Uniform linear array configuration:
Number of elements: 4
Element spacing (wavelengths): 0.25
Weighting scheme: hamming
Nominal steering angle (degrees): -30
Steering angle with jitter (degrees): -31.179
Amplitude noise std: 0.05
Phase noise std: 0.05

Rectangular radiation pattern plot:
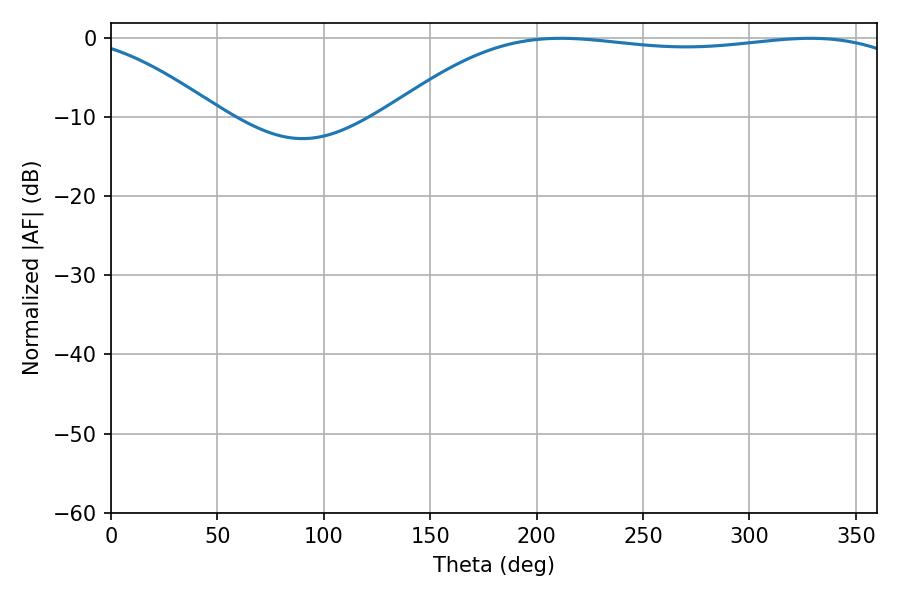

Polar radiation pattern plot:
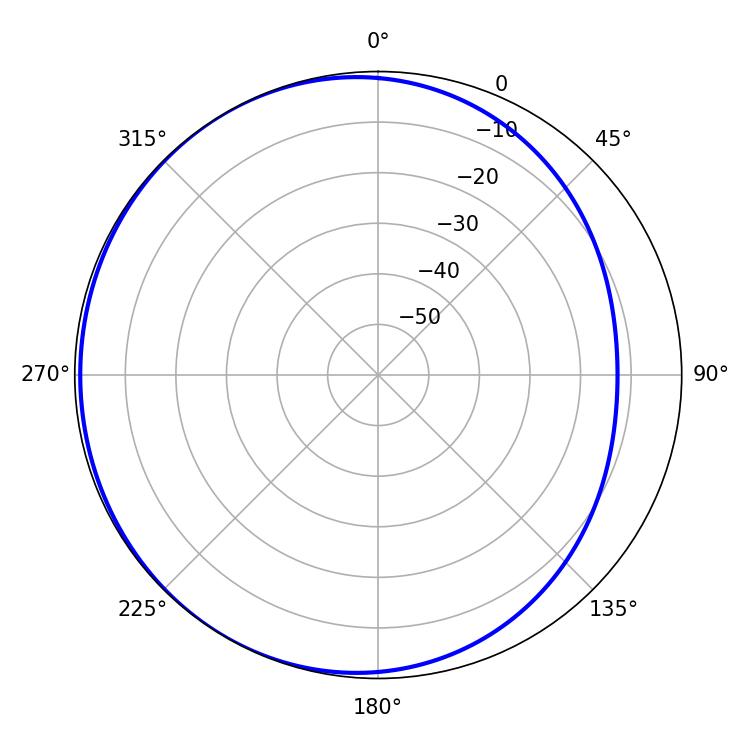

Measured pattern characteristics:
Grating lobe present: FALSE
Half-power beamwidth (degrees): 195.48
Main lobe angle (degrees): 211.32